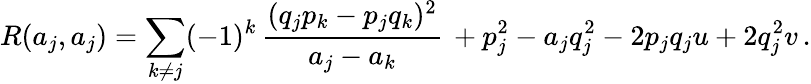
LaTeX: R(a_{j},a_{j})=\sum_{k\neq j}(-1)^{k}\, {\frac{(q_{j}p_{k}-p_{j}q_{k})^{2}}{a_{j}-a_{k}}}\, +p_{j}^{2}-a_{j}q_{j}^{2}-2p_{j}q_{j}u+2q_{j}^{2}v\, .